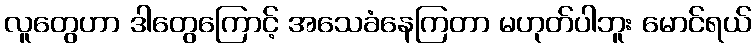
လူတွေဟာ ဒါတွေကြောင့် အသေခံနေကြတာ မဟုတ်ပါဘူး မောင်ရယ်